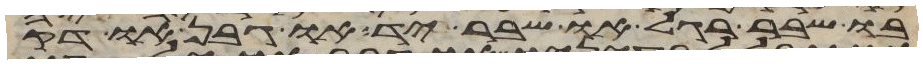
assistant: בו שבר רגל או שבר יד או גבן או דק